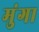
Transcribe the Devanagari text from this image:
मुंगा